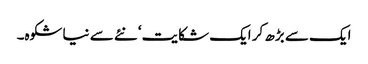
ایک سے بڑھ کر ایک شکایت‘ نئے سے نیا شکوہ۔